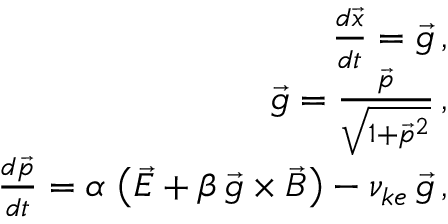
\begin{array} { r l r } & { } & { \frac { d \vec { x } } { d t } = \vec { g } \, , } \\ & { } & { \vec { g } = \frac { \vec { p } } { \sqrt { 1 + \vec { p } ^ { 2 } } } \, , } \\ & { } & { \frac { d \vec { p } } { d t } = \alpha \, \left( \vec { E } + \beta \, \vec { g } \times \vec { B } \right) - \nu _ { k e } \, \vec { g } \, , } \end{array}